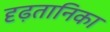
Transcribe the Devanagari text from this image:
दृढ़तानिका